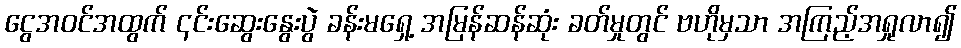
ငွေအဝင်အထွက် ၎င်းဆွေးနွေးပွဲ ခန်းမရှေ့ အမြန်ဆန်ဆုံး ခတ်မှုတွင် ဗဟိုမှသာ အကြည့်အရှုလာ၍